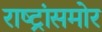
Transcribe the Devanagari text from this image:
राष्ट्रांसमोर